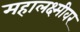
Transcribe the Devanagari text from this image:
महालक्ष्मीवर